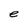
Character: e